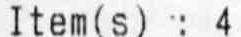
ITEM(S) : 4